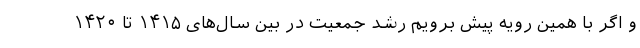
و اگر با همین رویه پیش برویم رشد جمعیت در بین سال‌های ۱۴۱۵ تا ۱۴۲۰